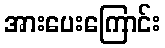
အားပေးကြောင်း